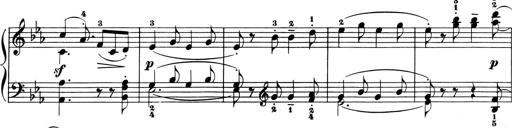
Title: 6 Piano Sonatinas
Composer: Cornelius Gurlitt